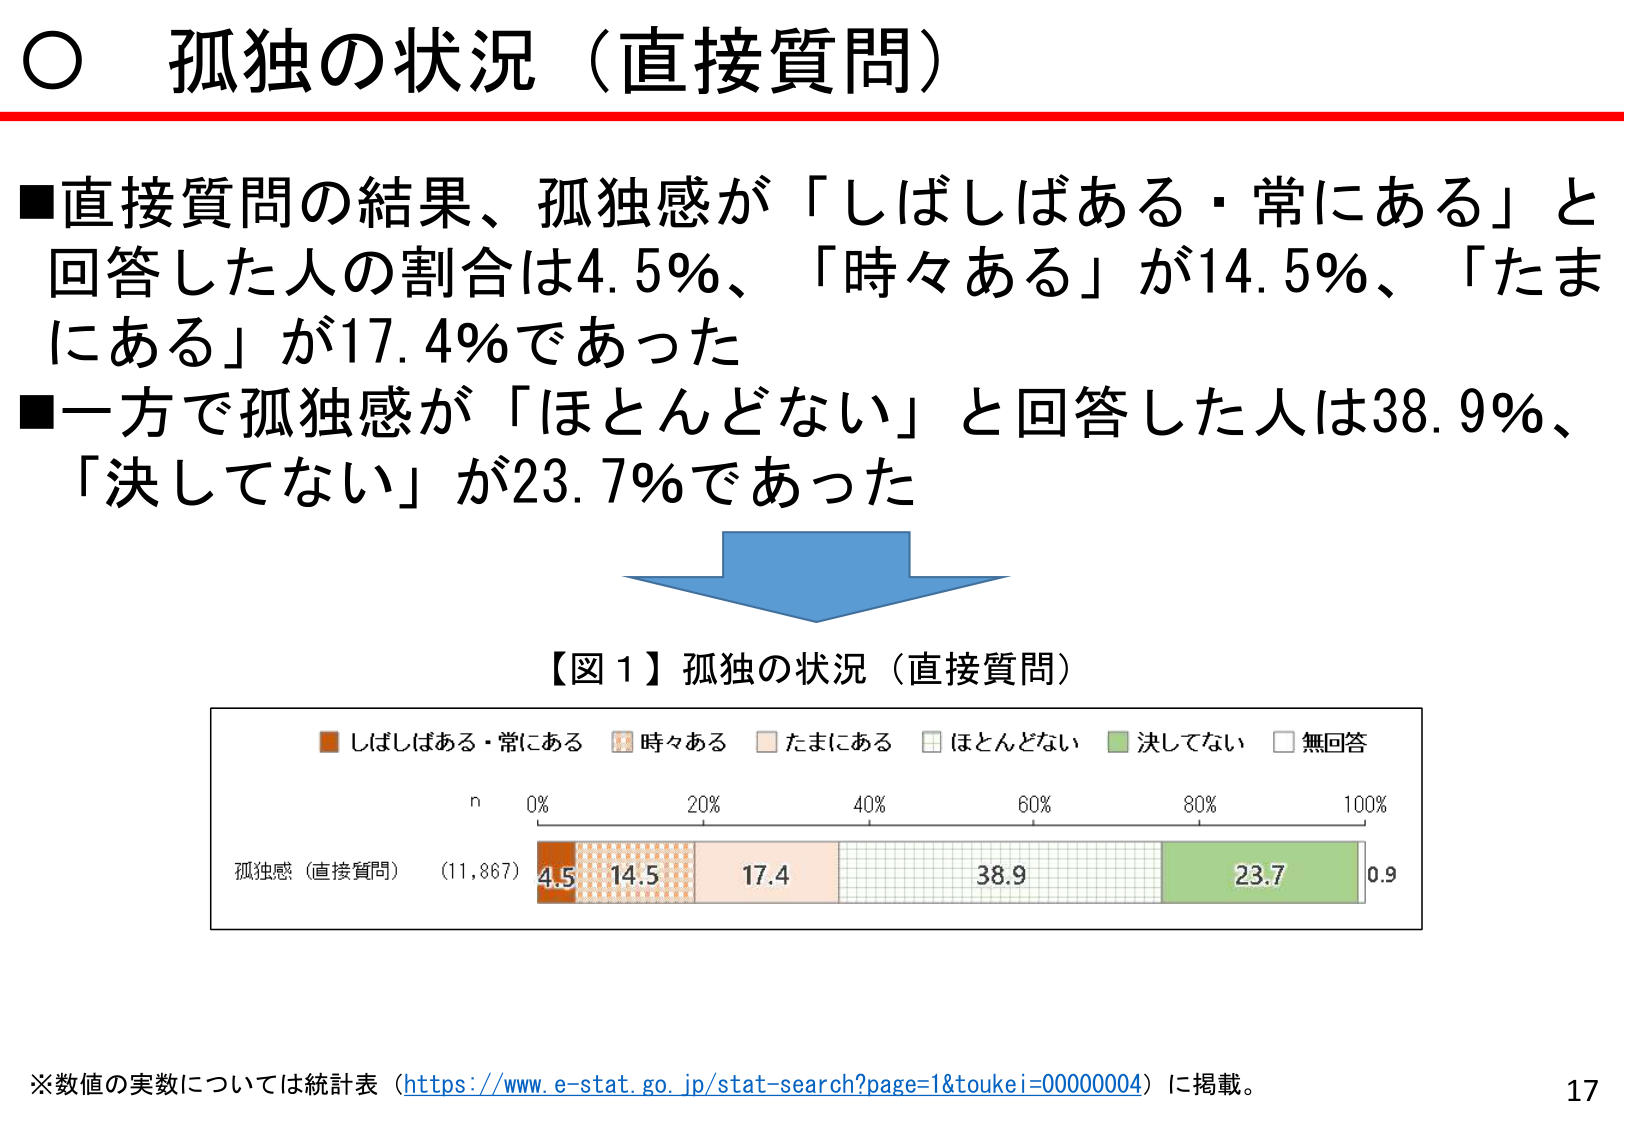
○ 孤独の状況（直接質問）

■直接質問の結果、孤独感が「しばしばある・常にある」と回答した人の割合は4.5％、「時々ある」が14.5％、「たまにある」が17.4％であった
■一方で孤独感が「ほとんどない」と回答した人は38.9％、「決してない」が23.7％であった

【図１】孤独の状況（直接質問）

■ しばしばある・常にある
■ 時々ある
■ たまにある
■ ほとんどない
■ 決してない
■ 無回答

n
0% 20% 40% 60% 80% 100%

孤独感（直接質問） (11,867) 4.5 14.5 17.4 38.9 23.7 0.9

※数値の実数については統計表（https://www.e-stat.go.jp/stat-search?page=1&toukei=00000004）に掲載。

17